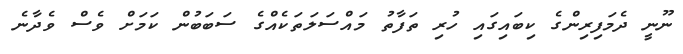
ނޫނީ ދެމަފިރިންގެ ކިބައިގައި ހުރި ތަފާތު މައްސަލަތަކެއްގެ ސަބަބުން ކަމަށް ވެސް ވެދާނެ